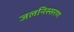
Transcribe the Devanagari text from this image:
जलनिस्सरण